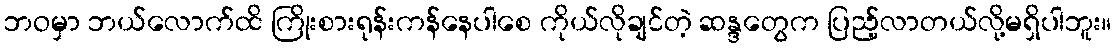
ဘဝမှာ ဘယ်လောက်ထိ ကြိုးစားရုန်းကန်နေပါစေ ကိုယ်လိုချင်တဲ့ ဆန္ဒတွေက ပြည့်လာတယ်လို့မရှိပါဘူး။